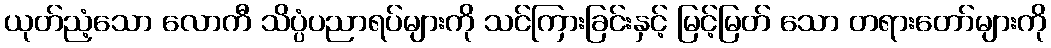
ယုတ်ညံ့သော လောကီ သိပ္ပံပညာရပ်များကို သင်ကြားခြင်းနှင့် မြင့်မြတ် သော တရားတော်များကို